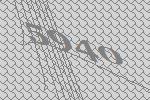
5940